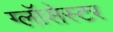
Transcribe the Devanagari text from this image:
ग्लॉसेस्टर